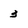
Character: 3